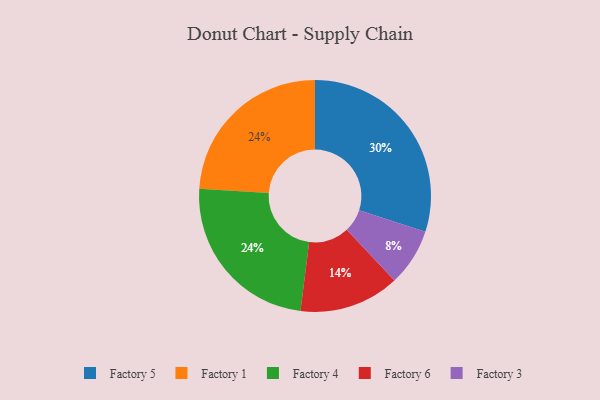
{"axis": {"x": "Category", "y": "Percentage"}, "legend": ["Factory 1", "Factory 3", "Factory 4", "Factory 5", "Factory 6"], "data": [{"x": "Factory 1", "y": 24, "type": "Factory 1"}, {"x": "Factory 5", "y": 30, "type": "Factory 5"}, {"x": "Factory 6", "y": 14, "type": "Factory 6"}, {"x": "Factory 4", "y": 24, "type": "Factory 4"}, {"x": "Factory 3", "y": 8, "type": "Factory 3"}]}